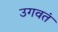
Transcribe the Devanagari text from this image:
उगवतं